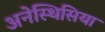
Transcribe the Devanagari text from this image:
अनेस्थिसिया